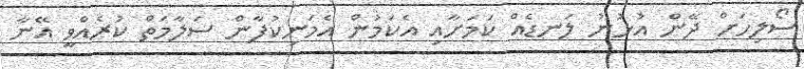
ސޯލިހަށް ދޭން އުޅުނު ލަނޑެއް ކަމަށާއި އެކަމުން އެމަނިކުފާން ސަލާމަތް ކުރެއްވީ އޭނާ